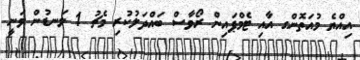
އިއްޔެ މުއަތޮންގ އާއި ޓެމްޕައިން ރޯވާސް ބައްދަލުކުރި މެޗު 1 ލަނޑުން ވަނީ